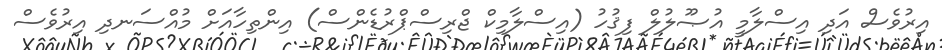
އިރުވެސް އަދި އިސްލާމީ އުޞޫލުލް ފިޤުހު (އިސްލާމިކް ޖްރިސްޕްރުޑެންސް) އިންތިހާއަށް މުއްސަނދި އިރުވެސް